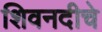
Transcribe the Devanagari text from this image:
शिवनदीचे